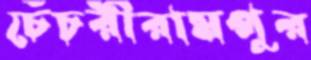
চেঁচরীরামপুর